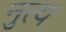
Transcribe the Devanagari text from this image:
नुत्य